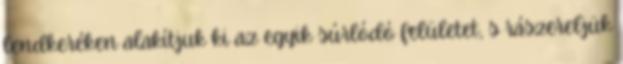
lendkeréken alakítjuk ki az egyik súrlódó felületet, s rászereljük